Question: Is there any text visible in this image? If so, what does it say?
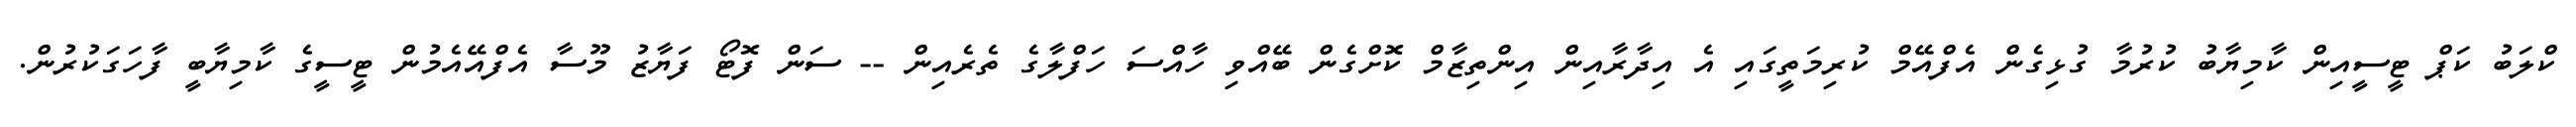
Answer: ކްލަބު ކަޕް ޓީސީއިން ކާމިޔާބު ކުރުމާ ގުޅިގެން އެފްއޭމް ކުރިމަތީގައި އެ އިދާރާއިން އިންތިޒާމް ކޮށްގެން ބޭއްވި ހާއްސަ ހަފްލާގެ ތެރެއިން -- ސަން ފޮޓޯ ފަޔާޒު މޫސާ އެފްއޭއެމުން ޓީސީގެ ކާމިޔާބީ ފާހަގަކުރުން.